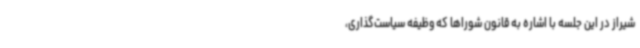
شیراز در این جلسه با اشاره به قانون شوراها که وظیفه سیاست‌گذاری،